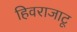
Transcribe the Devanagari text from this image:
हिवराजाटू